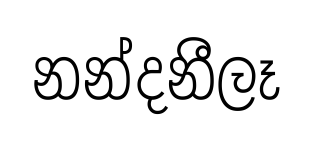
නන්දනීලෑ